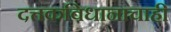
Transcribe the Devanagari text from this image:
दत्तकविधानाचाही